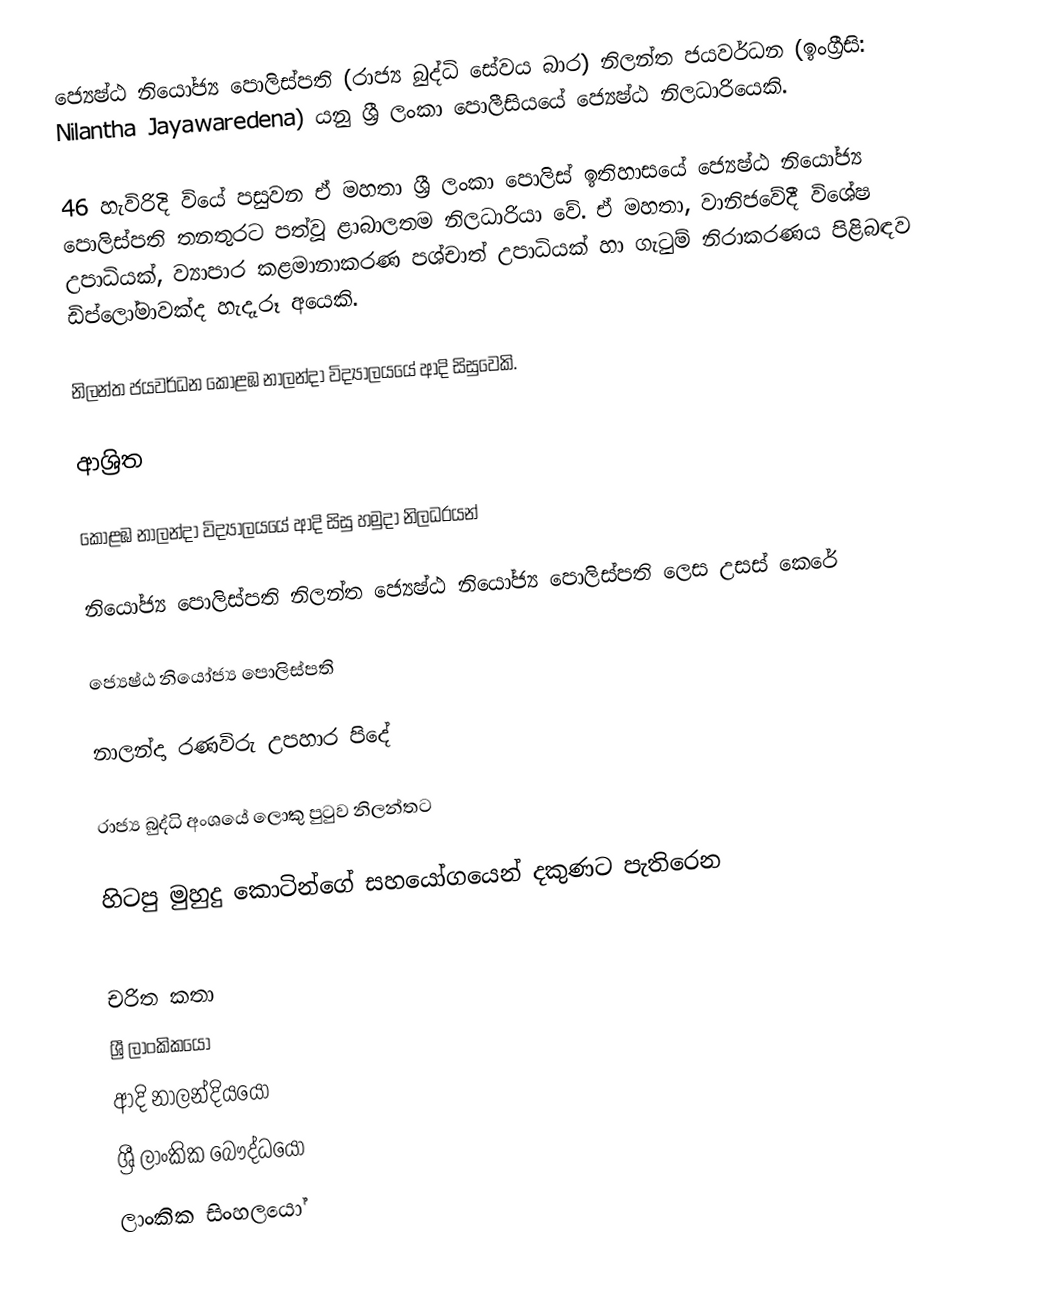
ජ්‍යෙෂ්ඨ නියෝජ්‍ය ‍පොලිස්පති (රාජ්‍ය බුද්ධි සේවය බාර) නිලන්ත ජයවර්ධන (ඉංග්‍රීසි: Nilantha Jayawaredena) යනු  ශ්‍රී ලංකා පොලීසියයේ ජ්‍යෙෂ්ඨ නිලධාරියෙකි.

46 හැවිරිදි වියේ පසුවන ඒ මහතා ශ්‍රී ලංකා පොලිස් ඉතිහාසයේ ජ්‍යෙෂ්ඨ නියෝජ්‍ය පොලිස්පති තනතුරට පත්වූ ළාබාලතම නිලධාරියා වේ. ඒ මහතා, වානිජවේදී විශේෂ උපාධියක්, ව්‍යාපාර කළමානාකරණ පශ්චාත් උපාධියක් හා ගැටුම් නිරාකරණය පිළිබඳව ඩිප්ලෝමාවක්ද හැදෑරූ අයෙකි.

නිලන්ත ජයවර්ධන කොළඹ නාලන්දා විද්‍යාලයයේ ආදි සිසුවෙකි.

ආශ්‍රිත

 කොළඹ නාලන්දා විද්‍යාලයයේ ආදි සිසු හමුදා නිලධරයන්

 නියෝජ්‍ය පොලිස්පති නිලන්ත ජ්‍යෙෂ්ඨ නියෝජ්‍ය පොලිස්පති ලෙස උසස් කෙරේ

 ජ්‍යෙෂ්ඨ නියෝජ්‍ය පොලිස්පති

 නාලන්දා රණවිරු උපහාර පිදේ

 රාජ්‍ය බුද්ධි අංශයේ ලොකු පුටුව නිලන්තට

 හිටපු මුහුදු කොටින්ගේ සහයෝගයෙන් දකුණට පැතිරෙන

චරිත කතා
ශ්‍රී ලාංකිකයෝ
ආදි නාලන්දියයෝ
ශ්‍රී ලාංකික බෞද්ධයෝ
ලාංකික සිංහලයෝ